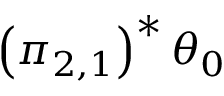
\left( \pi _ { 2 , 1 } \right) ^ { * } \theta _ { 0 }